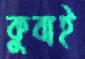
কুবাই